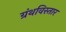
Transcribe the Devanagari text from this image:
ग्रंथविस्तार